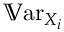
\mathbb { V } \mathrm { a r } _ { X _ { i } }